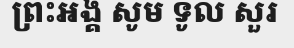
ព្រះអង្គ សូម ទូល សួរ